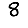
Digit: 8